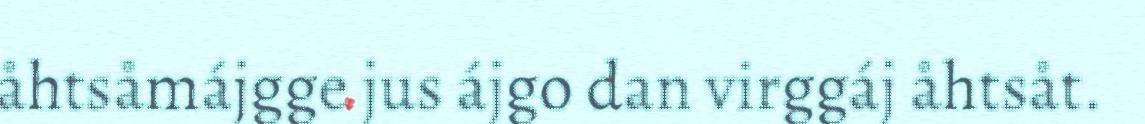
åhtsåmájgge jus ájgo dan virggáj åhtsåt.